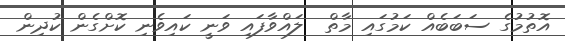
އޮތުމުގެ ސަބަބެއް ކަމުގައި މާތް  ލައްވާފައި ވަނީ ކައިވެނި ކޮށްގެން ކުދިން